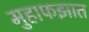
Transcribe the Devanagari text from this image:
मुहाफझात